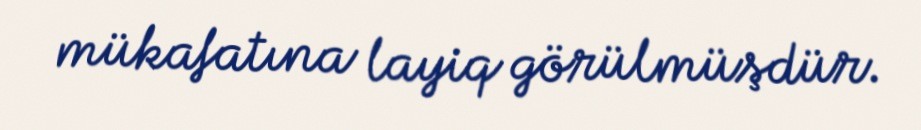
mükafatına layiq görülmüşdür.